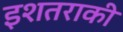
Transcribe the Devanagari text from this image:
इशतराकी